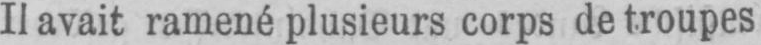
Il avait ramené plusieurs corps de troupes